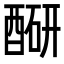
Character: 𬪮